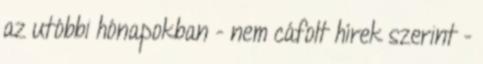
az utóbbi hónapokban - nem cáfolt hírek szerint -